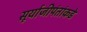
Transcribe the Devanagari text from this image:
सूर्याजीपंतांकडे